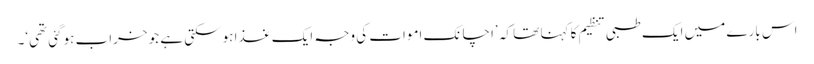
اس بارے میں ایک طبی تنظیم کا کہنا تھا کہ ’اچانک اموات کی وجہ ایک غذا ہوسکتی ہے جو خراب ہوگئی تھی‘۔